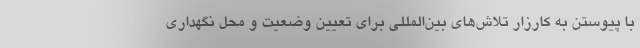
با پیوستن به کارزار تلاش‌های بین‌المللی برای تعیین وضعیت و محل نگهداری